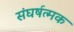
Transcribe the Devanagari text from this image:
संघर्षत्मक